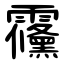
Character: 䨹